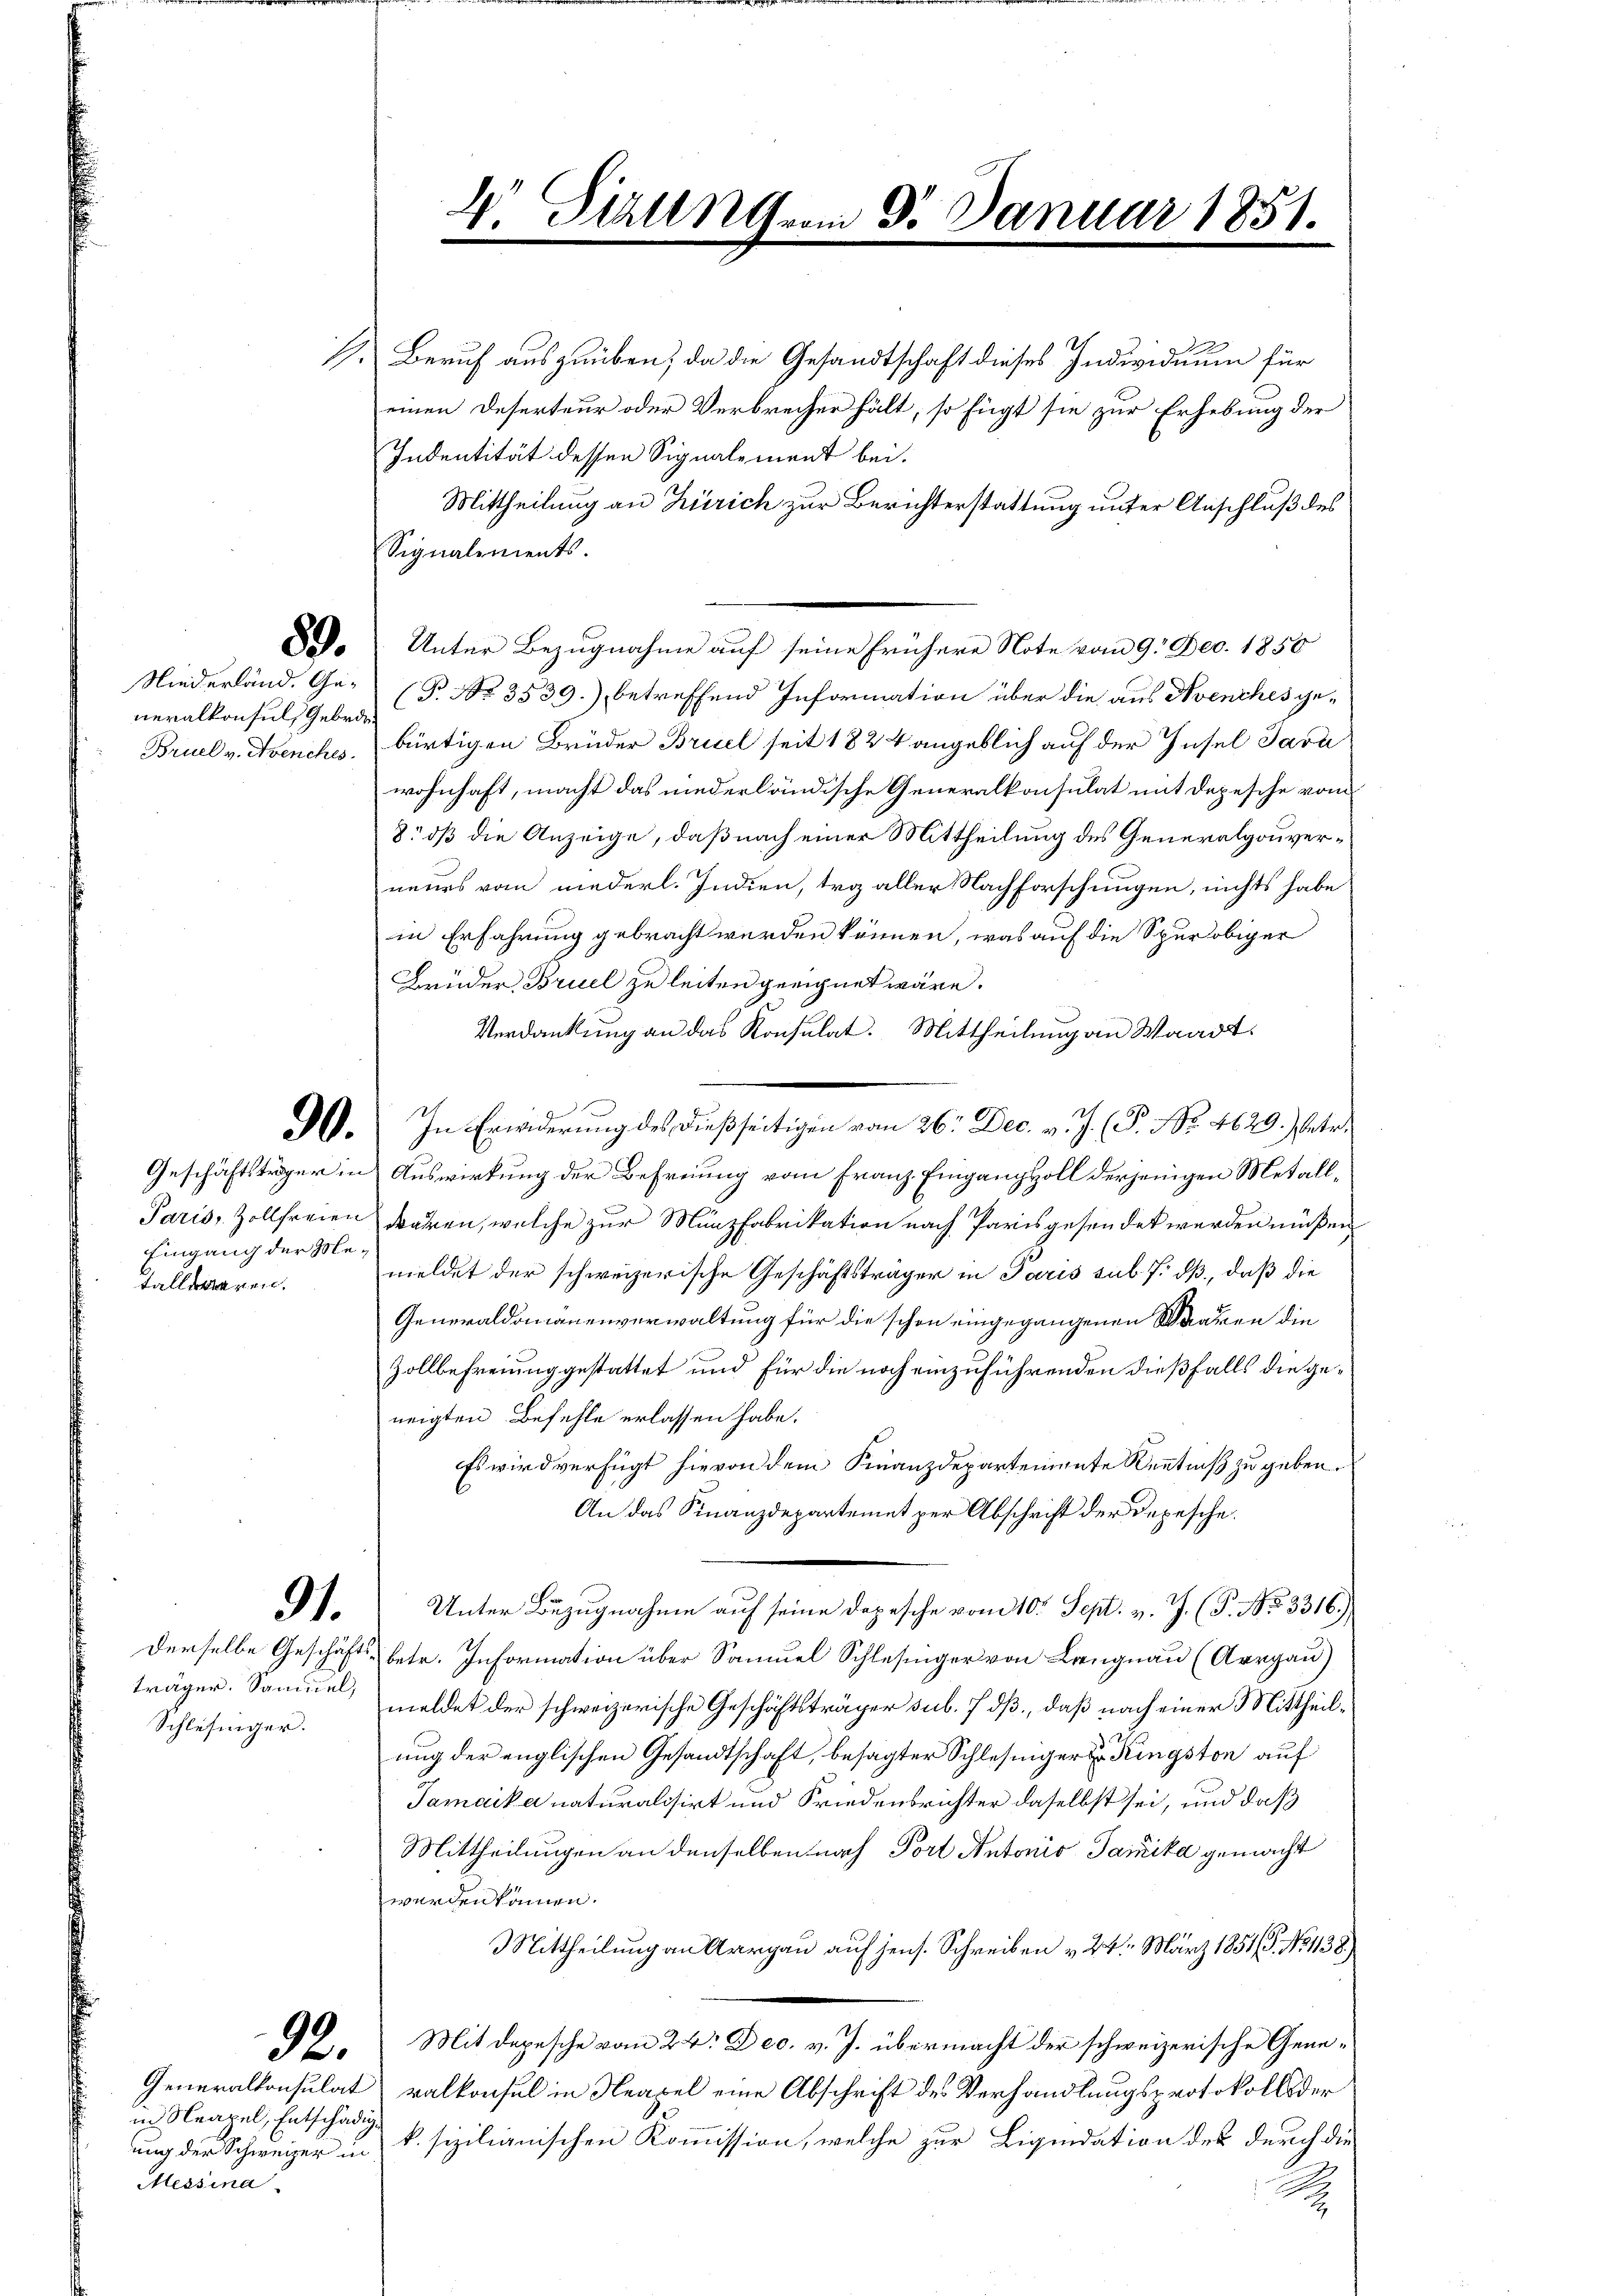
. Särung vom 8. Januar 1851.

. Beruf auszuüben, da die Gesandtschaft dieses Individuum für
einen Deserteur oder Verbrecher hält, so fügt sie zur Erhebung der
Indentität dessen Signalement bei.
Mittheilung an Zürich zur Berichterstattung unter Anschluß des
Signalements.
89. Unter Bezugnahme auf seine frühere Note vom 9. Dec. 1850
(P. Nr. 3539.) betreffend Information über die aus Nvenches ge¬
Bruel v. Avenches bürtigen Brüder Bruel seit 1824 angeblich auf der Insel Java
wohnhaft, macht das niederländische Generalkonsulat mit Depesche vom
8: dß die Anzeige, daß nach einer Mittheilung des Generalgouverneurs vom niederl. Indien, tra aller Nachforschungen, nichts habe
in Erfahrung gebracht werden können, was auf die Spur obiger
Brüder Bruel zu leiten geeignet wäre.
Verdankung an das Konsulat. Mittheilung an Waadt.
9. In Erwiderŭng des dießseitigen vom 26. Dec. v. J. P. Nr. 4629.) Betr.
Geschäftsträger in Auswirkung der Befreiung vom Franz Eingang soll derjenigen Metall¬
Paris, Zollfreien waren, welche zur Münzfabrikation nach Paris gesendet werden müßen
meldet der schweizerische Geschäftsträger in Paris sub. 7. dß., daß die
Generaldomänenverwaltung für die schon eingegangenen Waaren die
Zollbefreiung gestattet und für die noch einzuführenden dießfalls die geneigten Befehle erlassen habe.
Es wird verfügt hievon dem Finanzdepartemente Kenntniß zu geben.
An das Finanzdepartemet per Abschrift der Depesche.
Unter Bezugnahme auf seine Depesche vom 10. Sept. v. J. (T. No 3316),
derselbe Geschäfts- betr. Information über Samuel Schlesinger von Langnau (Aargau)
träger. Samuel meldet der schweizerische Geschäftsträger sub. 7 dß, daß nach einer Mittheilung der englischen Gesandtschaft, besagter Schlesinger Ringston auf
Samaika naturalisirt und Friedensrichter daselbst sei, und daß
Mittheilungen an denselben nach Port Antonio Sanika gemacht
werden können.
Mittheilung an Aargau auf jens. Schreiben v. 24. März 1851/B. No 1138.
92. Mit depesche vom 24. Dec. v. J. übermacht der schweizerische Gene¬
Generalkonsulat valkonsul in Neapel eine Abschrift des Verhandlungsprotokolls der
ung der Schweizer in k. sizilianischen Kommission, welche zur Liquidation des durch die
A

Niederland. Generalkonsuls Gebrde¬

Eingang der Metallwaren.

91.

Schlesinger.

in Neapel, Entschädig
Messina